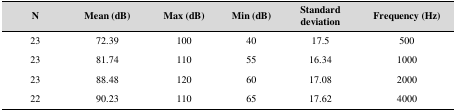
<table><thead><tr><td><b>N</b></td><td><b>Mean (dB)</b></td><td><b>Max (dB)</b></td><td><b>Min (dB)</b></td><td><b>Standard deviation</b></td><td><b>Frequency (Hz)</b></td></tr></thead><tbody><tr><td><b>23</b></td><td>72.39</td><td>100</td><td>40</td><td>17.5</td><td>500</td></tr><tr><td><b>23</b></td><td>81.74</td><td>110</td><td>55</td><td>16.34</td><td>1000</td></tr><tr><td><b>23</b></td><td>88.48</td><td>120</td><td>60</td><td>17.08</td><td>2000</td></tr><tr><td><b>22</b></td><td>90.23</td><td>110</td><td>65</td><td>17.62</td><td>4000</td></tr></tbody></table>